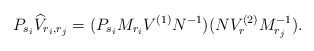
\begin{align*} P_{s_i}\widehat{V}_{r_i,r_j}=(P_{s_i}M_{r_i}V^{(1)}N^{-1})(NV^{(2)}_rM_{r_j}^{-1}).\end{align*}